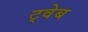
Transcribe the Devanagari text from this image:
ट्वेब